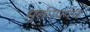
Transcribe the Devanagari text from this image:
मुक्तीप्रपंच